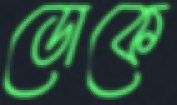
ডোকে